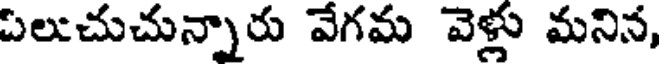
పలుచుచున్నారు వేగమ వెళ్లు మనిన,